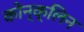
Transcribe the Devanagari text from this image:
कोन्क्लिन